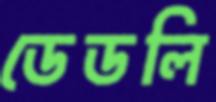
ডেডলি